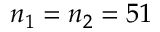
n _ { 1 } = n _ { 2 } = 5 1